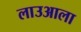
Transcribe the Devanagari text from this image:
लाउआला